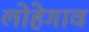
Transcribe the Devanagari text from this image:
लोहेगाव